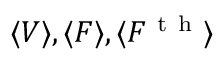
\langle V \rangle , \langle \boldsymbol { F } \rangle , \langle F ^ { \mathrm { ~ t ~ h ~ } } \rangle